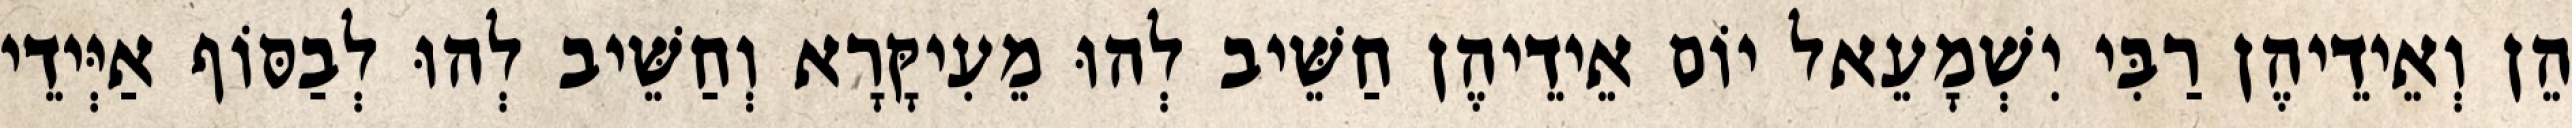
הֵן וְאֵידֵיהֶן רַבִּי יִשְׁמָעֵאל יוֹם אֵידֵיהֶן חַשֵּׁיב לְהוּ מֵעִיקָּרָא וְחַשֵּׁיב לְהוּ לְבַסּוֹף אַיְּידֵי